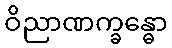
ဝိညာဏက္ခန္ဓော